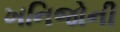
ખનિજોની